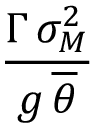
\frac { \Gamma \, \sigma _ { M } ^ { 2 } } { g \, \overline { { \theta } } }